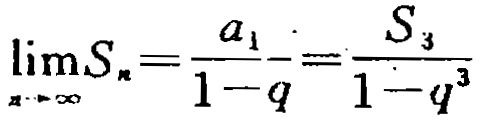
\(\lim_{n \to \infty}S_{n}=\frac{a_{1}}{1 - q}=\frac{S_{3}}{1 - q^{3}}\)